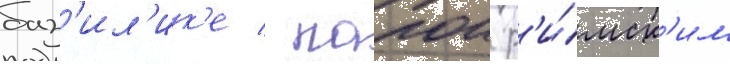
баз'ил'ик'е / папои р'и́мск'им